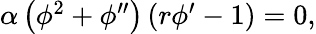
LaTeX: \begin{array}{r}{\alpha\left(\phi^{2}+\phi^{\prime\prime}\right)\left(r\phi^{\prime}-1\right)=0,}\end{array}